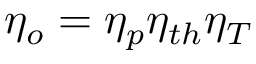
\eta _ { o } = \eta _ { p } \eta _ { t h } \eta _ { T }